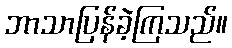
ဘာသာပြန်ခဲ့ကြသည်။